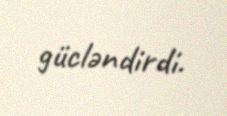
gücləndirdi.